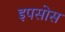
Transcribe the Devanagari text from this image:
इपसोस